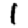
Digit: 1